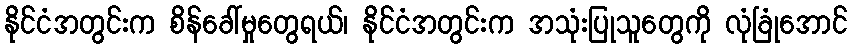
နိုင်ငံအတွင်းက စိန်ခေါ်မှုတွေရယ်၊ နိုင်ငံအတွင်းက အသုံးပြုသူတွေကို လုံခြုံအောင်